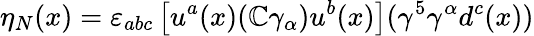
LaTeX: \eta_{N}(x)=\varepsilon_{abc}\left[u^{a}(x)(\mathbb{C}\gamma_{\alpha})u^{b}(x)\right](\gamma^{5}\gamma^{\alpha}d^{c}(x))